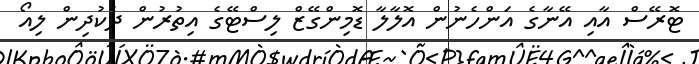
ޓޮރޭސް އާއި އޭނާގެ އަންހެނުން އޮލާލާ ޑޮމިންގޭޒް ލިސްޓޭގެ އިތުރުން ދެކުދިން ލިއޯ